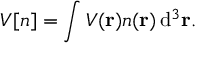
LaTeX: V [ n ] = \int V ( \mathbf { r } ) n ( \mathbf { r } ) \, \mathrm { d } ^ { 3 } \mathbf { r } .